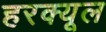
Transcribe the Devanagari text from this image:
हरक्यूल